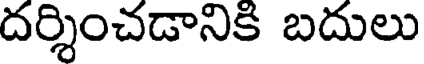
దర్శించడానికి బదులు